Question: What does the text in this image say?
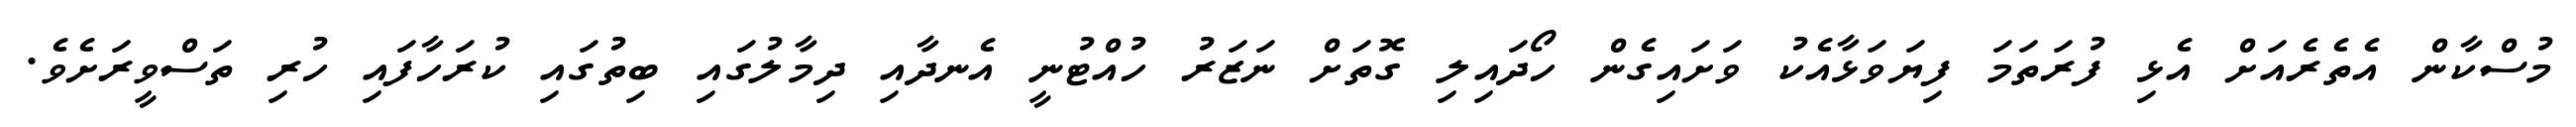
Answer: މުސްކާން އެތެރެއަށް އެޅި ފުރަތަމަ ފިޔަވަޅާއެކު ވަށައިގެން ހޯދައިލި ގޮތަށް ނަޒަރު ހުއްޓުނީ އެނދާއި ދިމާލުގައި ބިތުގައި ކުރަހާފައި ހުރި ތަސްވީރަށެވެ.